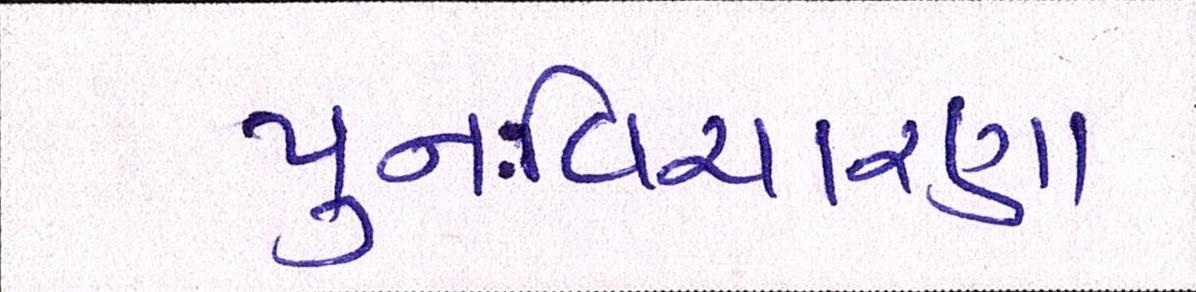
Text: પુનઃવિચારણા